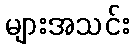
များအသင်း